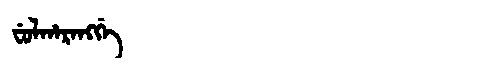
Manchu: ᠸᡠᠯᡥᠠᡵᠠᠩᡤᡝ
Romanization: FULHARANGGE